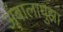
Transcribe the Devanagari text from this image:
अंबालापुझा